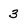
Character: 3